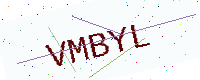
Text: VMBYL